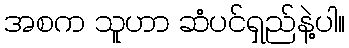
အစက သူဟာ ဆံပင်ရှည်နဲ့ပါ။